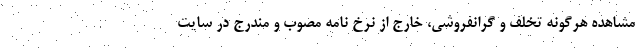
مشاهده هرگونه تخلف و گرانفروشی، خارج از نرخ نامه مصوب و مندرج در سایت